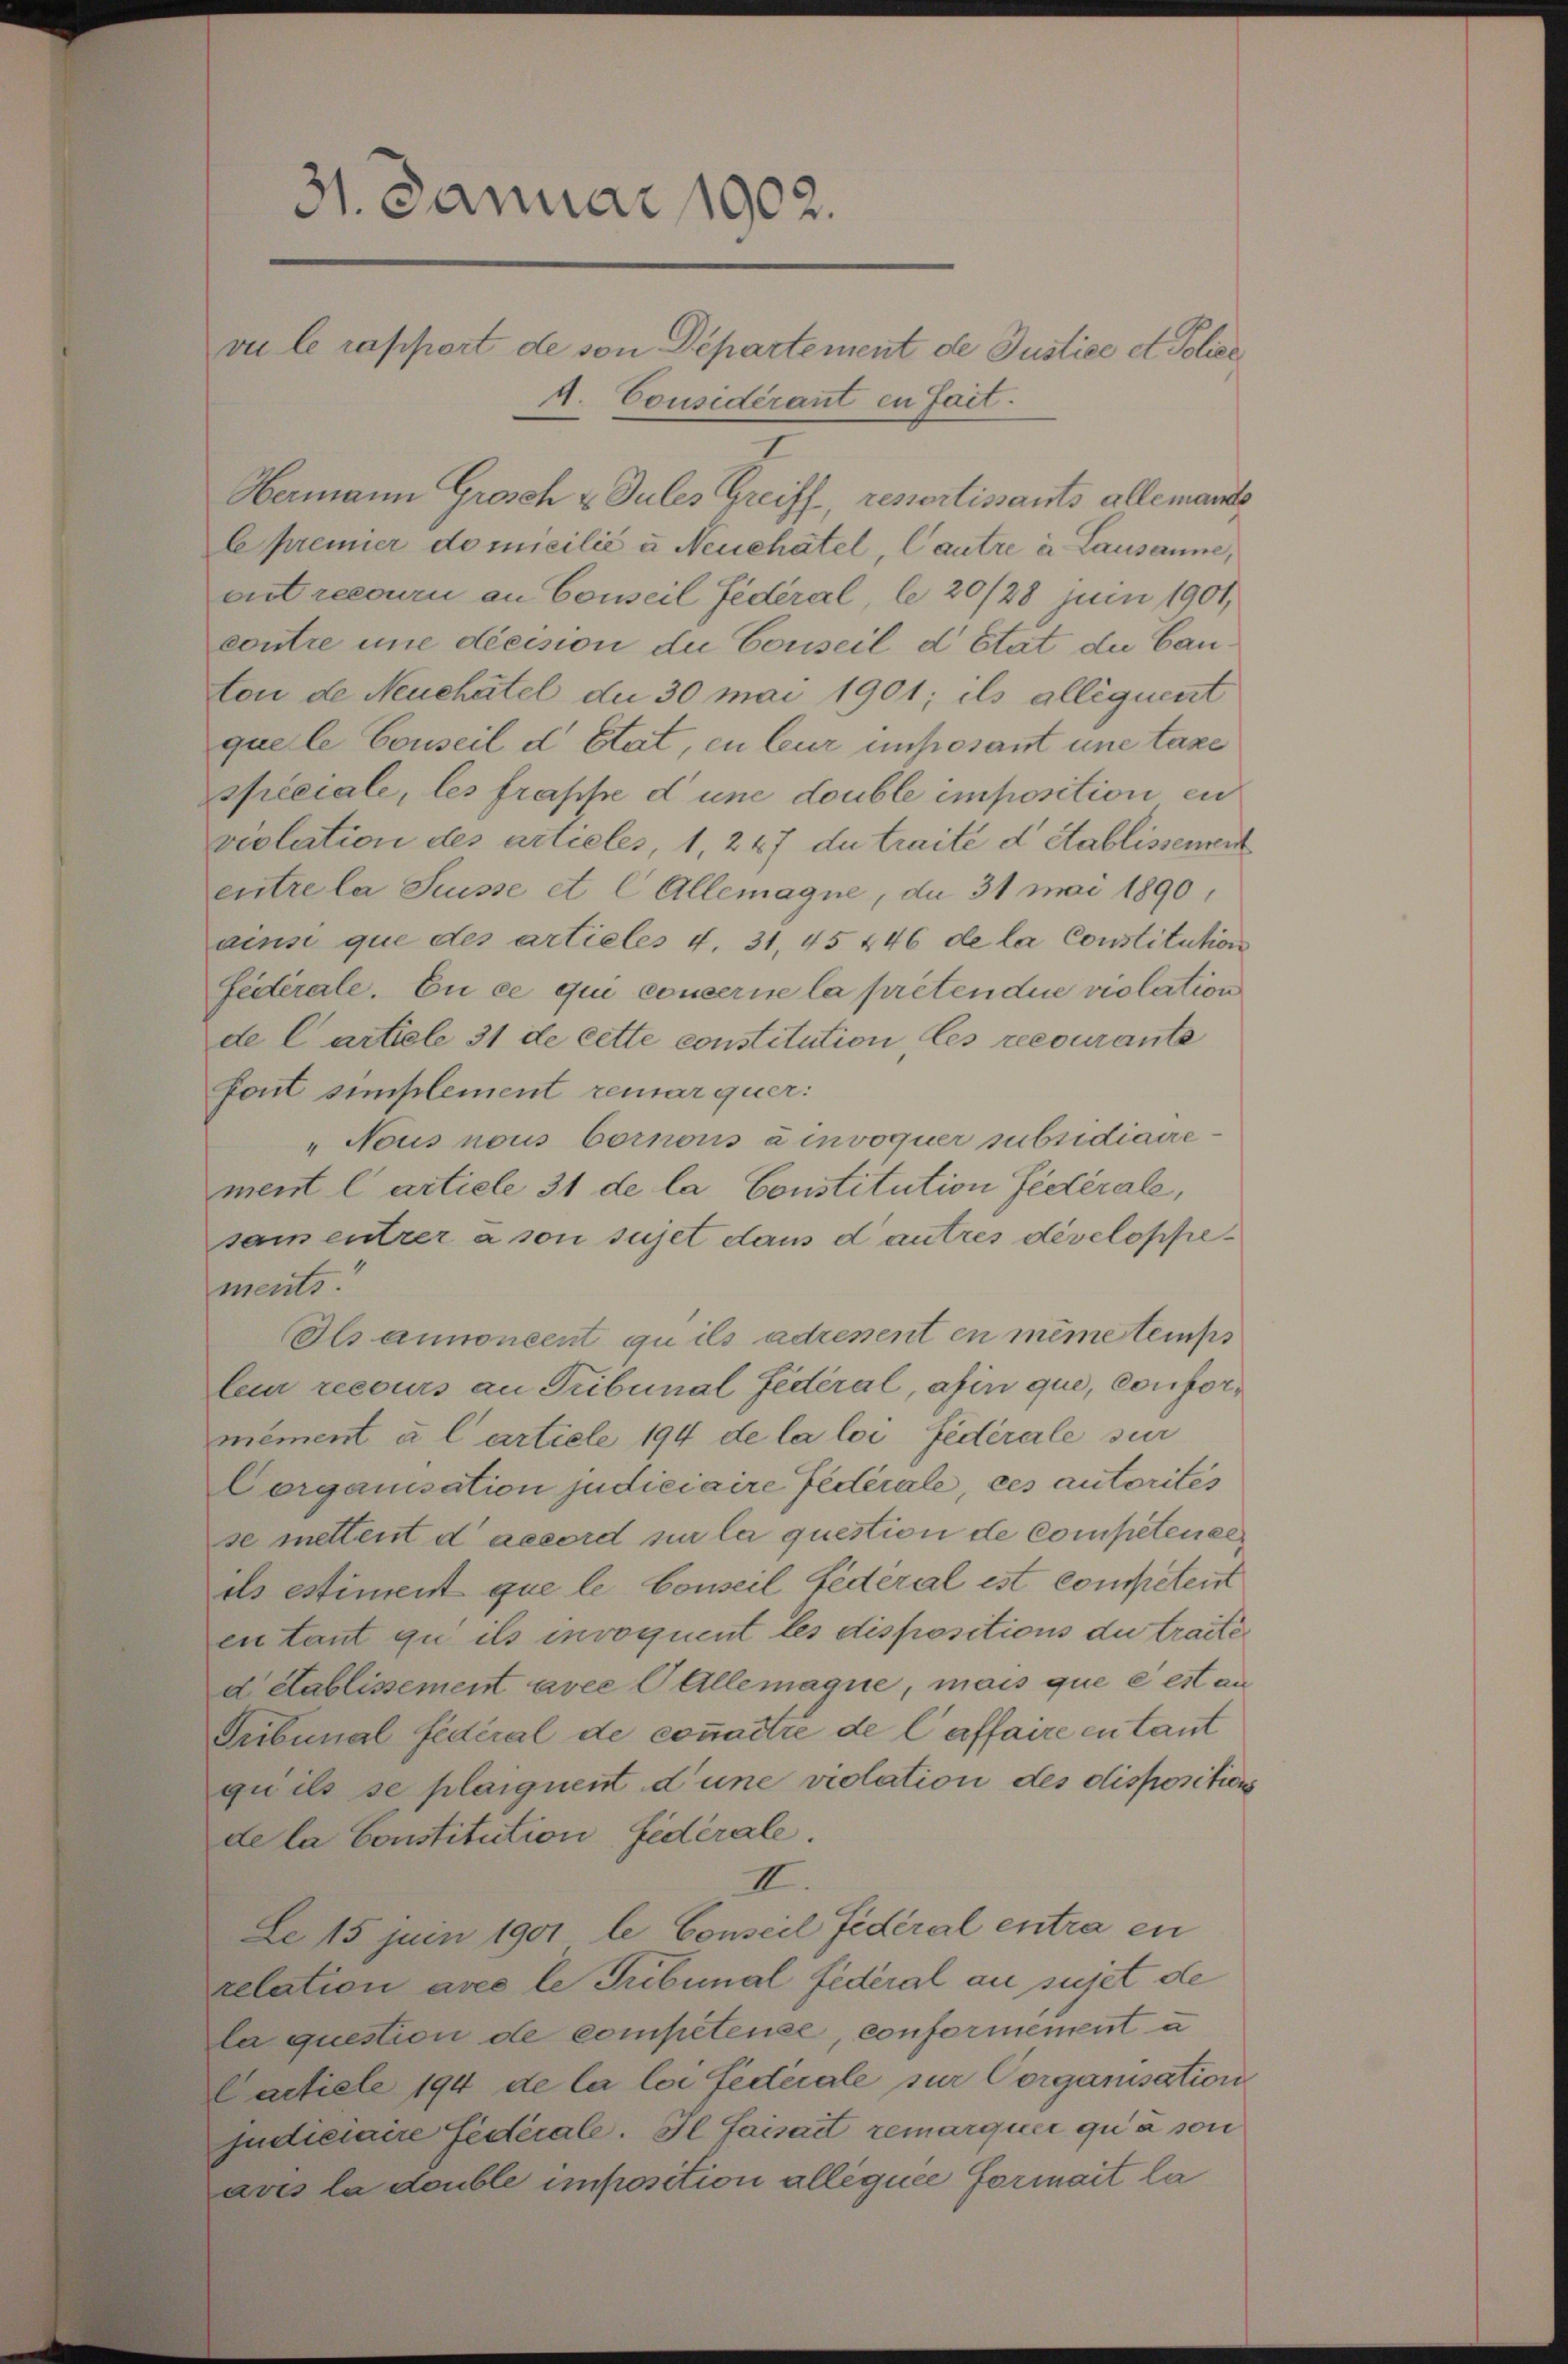
Hermann Grosch u. Sules Greiff, ressertissants allemande
le premier domicilić u Neuchatel, Cautre u. Lausanne,
eut recourii an Conseil Federal le 20/28 Juni 1901,
contre une décision du Conseil d’Etat die Cauton de Neuchâtel die 30 mai 1901; ils allequent
que le Conseil d Etat, en Cur imposant une taxe
spéciale, les frappe d une double imposition en
violation des artieles, 1, 247 du traité d Stablissement
entre la Suisse et C Allemagne, da 31 Mai 1890,
ains que des artieles 4. 31,45 446 de la Constitution
Fidérale. En ce qui conserne la preten die violation
de Cartiele 31 de cette constitution les recourante
font simplement remarquer:
„Nous nous bornons ainvoquer subsidiaire-
ment l’artiele 31 de la Constitution fédérale,
sam entrer à son sujet dans d autres dévelopfements.
Als annoncent qu’ils adresent en même temps
len recours an Tribunal Federal, afin que, conformément u l’article 194 de la loi fédérale sur
Corganisation judiciaire fédérale, ces autorités
se mettent d’accord sie la question de Competente
ds estiment que le Conseil Federal est competent
en tant qu’ ils invoquent les dispositions du traite
d établissement avec C Allemaque, mais que e est an
Tribunal fédéral de connaître de laffaire en taut
gu ils se plaiguent d’une violation des dispositions
de la Constitution fidérale.
II.
Le 15 juin 1901 le Conseil fédéral entra en
relation avec le Tribunal federal au sujet de
la question de competenze, conformement u
Cacticle 194 de la loi fédérale zur Corganisation
judiciaire Fediale. Il faisait remarquer qua son
aves la double imposition alléquee formait la

31. Januar 1902.
vu le rapport de von Departement de Justice et Police
A. Considérant en fait.